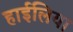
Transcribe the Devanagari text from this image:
हाईलिया